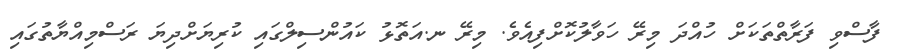
ފާސްވި ފަރާތްތަކަށް ހުއްދަ މިރޭ ހަވާލުކޮށްފިއެވެ. މިރޭ ނ.އަތޮޅު ކައުންސިލްގައި ކުރިޔަށްދިޔަ ރަސްމިއްޔާތުގައި